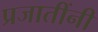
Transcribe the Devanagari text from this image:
प्रजातींनी